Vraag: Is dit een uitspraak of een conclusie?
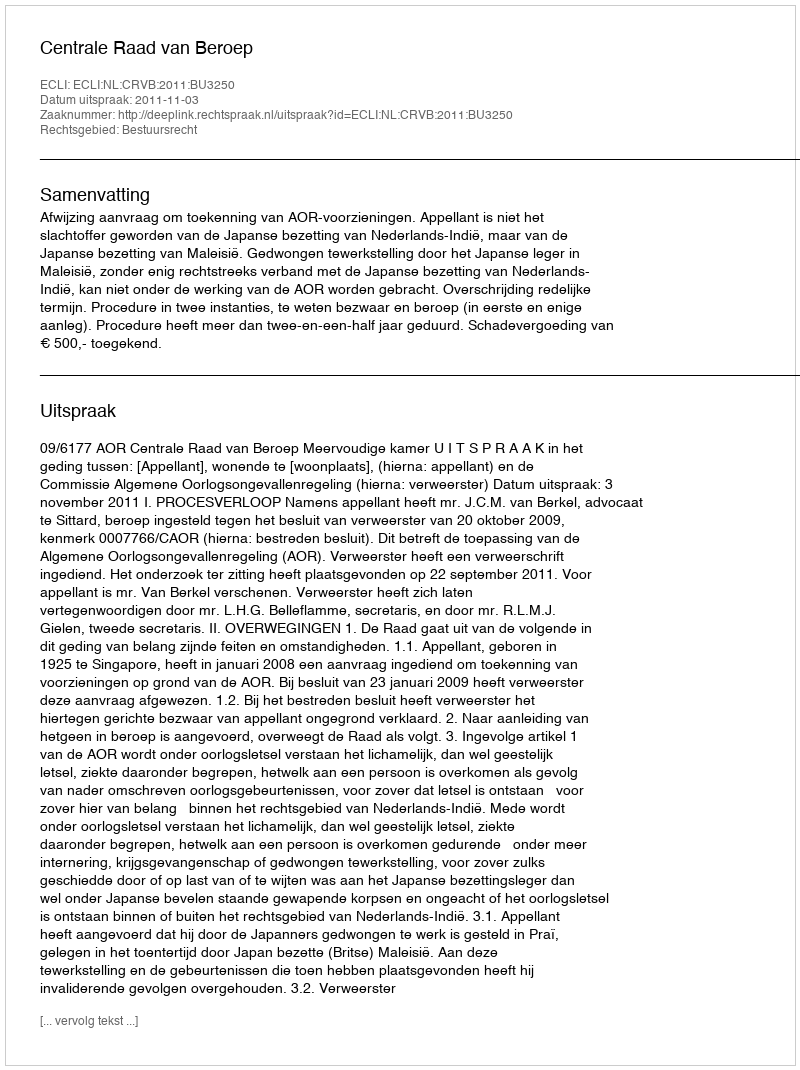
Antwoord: Uitspraak